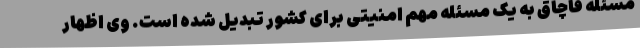
مسئله قاچاق به یک مسئله مهم امنیتی برای کشور تبدیل شده است. وی اظهار